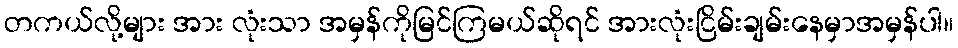
တကယ်လို့များ အား လုံးသာ အမှန်ကိုမြင်ကြမယ်ဆိုရင် အားလုံးငြိမ်းချမ်းနေမှာအမှန်ပါ။